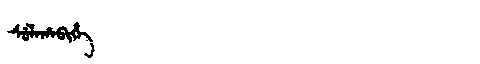
Manchu: ᠰᡠᠯᠠᡥᠠᠪᡳᡥᡝ
Romanization: SULAHABIHE